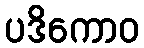
ပဒိကောဝ